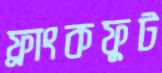
ফ্রাংকফুট